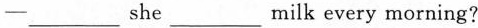
—___she___milk every morning?